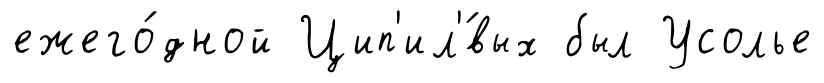
ежего́дной Цип'ил'́вых был Усолье